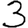
Digit: 3